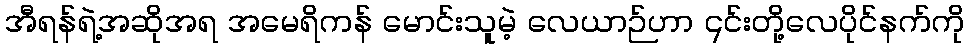
အီရန်ရဲ့အဆိုအရ အမေရိကန် မောင်းသူမဲ့ လေယာဉ်ဟာ ၎င်းတို့လေပိုင်နက်ကို